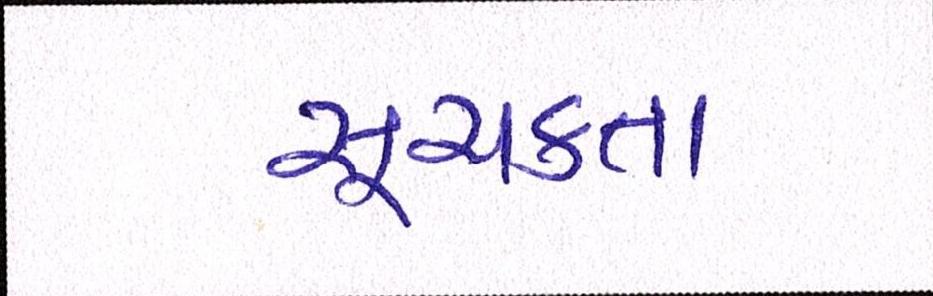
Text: સૂચકતા